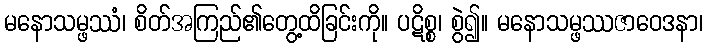
မနောသမ္ဖဿံ၊ စိတ်အကြည်၏တွေ့ထိခြင်းကို။ ပဋိစ္စ၊ စွဲ၍။ မနောသမ္ဖဿဇာဝေဒနာ၊